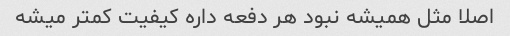
اصلا مثل همیشه نبود هر دفعه داره کیفیت کمتر میشه